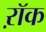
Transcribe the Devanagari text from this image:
ऱॉक